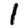
Digit: 1